Civil Veterinary Department ledger series I-VI
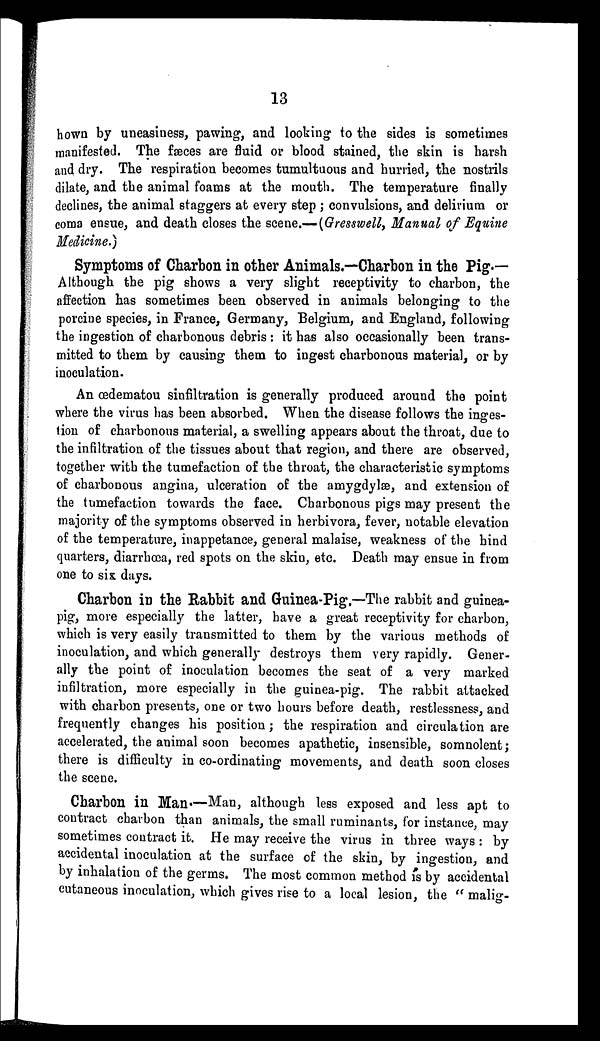
13
hown by uneasiness, pawing, and looking to the sides is sometimes
manifested. The fæces are fluid or blood stained, the skin is harsh
and dry. The respiration becomes tumultuous and hurried, the nostrils
dilate, and the animal foams at the mouth. The temperature finally
declines, the animal staggers at every step; convulsions, and delirium or
coma ensue, and death closes the scene.—(Gresswell, Manual of Equine
Medicine.)
Symptoms of Charbon in other Animals.—Charbon in the Pig.—
Although the pig shows a very slight receptivity to charbon, the
affection has sometimes been observed in animals belonging to the
porcine species, in France, Germany, Belgium, and England, following
the ingestion of charbonous debris: it has also occasionally been trans-
mitted to them by causing them to ingest charbonous material, or by
inoculation.
An œdematou sinfiltration is generally produced around the point
where the virus has been absorbed. When the disease follows the inges-
tion of charbonous material, a swelling appears about the throat, due to
the infiltration of the tissues about that region, and there are observed,
together with the tumefaction of the throat, the characteristic symptoms
of charbonous angina, ulceration of the amygdylæ, and extension of
the tumefaction towards the face. Charbonous pigs may present the
majority of the symptoms observed in herbivora, fever, notable elevation
of the temperature, inappetance, general malaise, weakness of the hind
quarters, diarrhœa, red spots on the skin, etc. Death may ensue in from
one to six days.
Charbon in the Rabbit and Guinea-Pig.—The rabbit and guinea-
pig, more especially the latter, have a great receptivity for charbon,
which is very easily transmitted to them by the various methods of
inoculation, and which generally destroys them very rapidly. Gener-
ally the point of inoculation becomes the seat of a very marked
infiltration, more especially in the guinea-pig. The rabbit attacked
with charbon presents, one or two hours before death, restlessness, and
frequently changes his position; the respiration and circulation are
accelerated, the animal soon becomes apathetic, insensible, somnolent;
there is difficulty in co-ordinating movements, and death soon closes
the scene.
Charbon in Man.—Man, although less exposed and less apt to
contract charbon than animals, the small ruminants, for instance, may
sometimes contract it. He may receive the virus in three ways: by
accidental inoculation at the surface of the skin, by ingestion, and
by inhalation of the germs. The most common method is by accidental
cutaneous inoculation, which gives rise to a local lesion, the "malig-